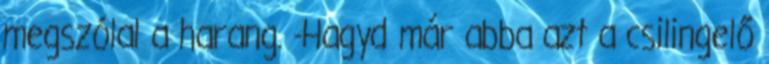
megszólal a harang. -Hagyd már abba azt a csilingelő